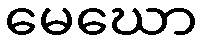
မေဃော